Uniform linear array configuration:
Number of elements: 8
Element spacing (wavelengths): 0.75
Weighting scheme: cosine
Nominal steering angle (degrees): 45
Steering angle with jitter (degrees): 43.94
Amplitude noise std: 0.05
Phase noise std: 0.05

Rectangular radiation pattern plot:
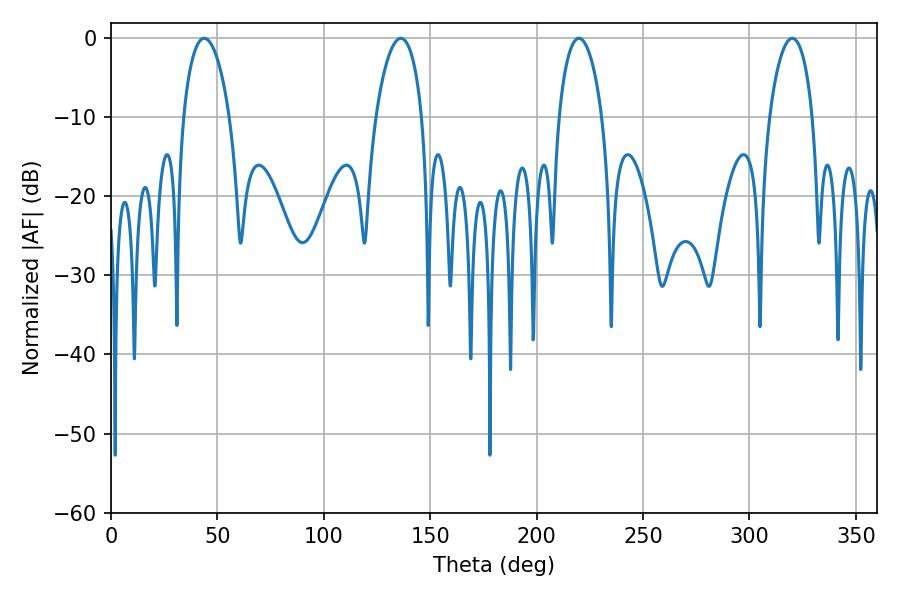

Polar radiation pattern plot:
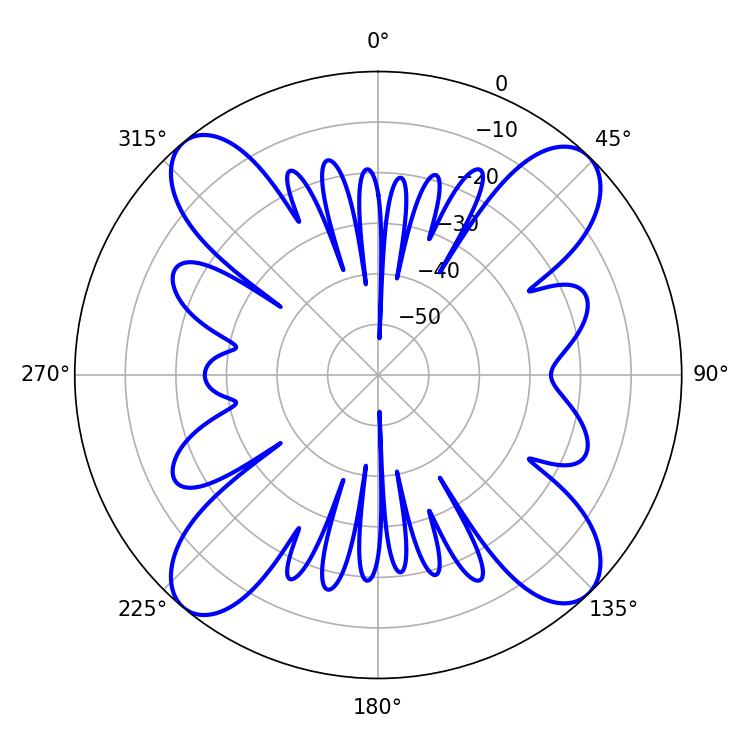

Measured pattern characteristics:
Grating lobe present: TRUE
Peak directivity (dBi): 16.693
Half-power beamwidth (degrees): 12.42
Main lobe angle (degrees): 43.74